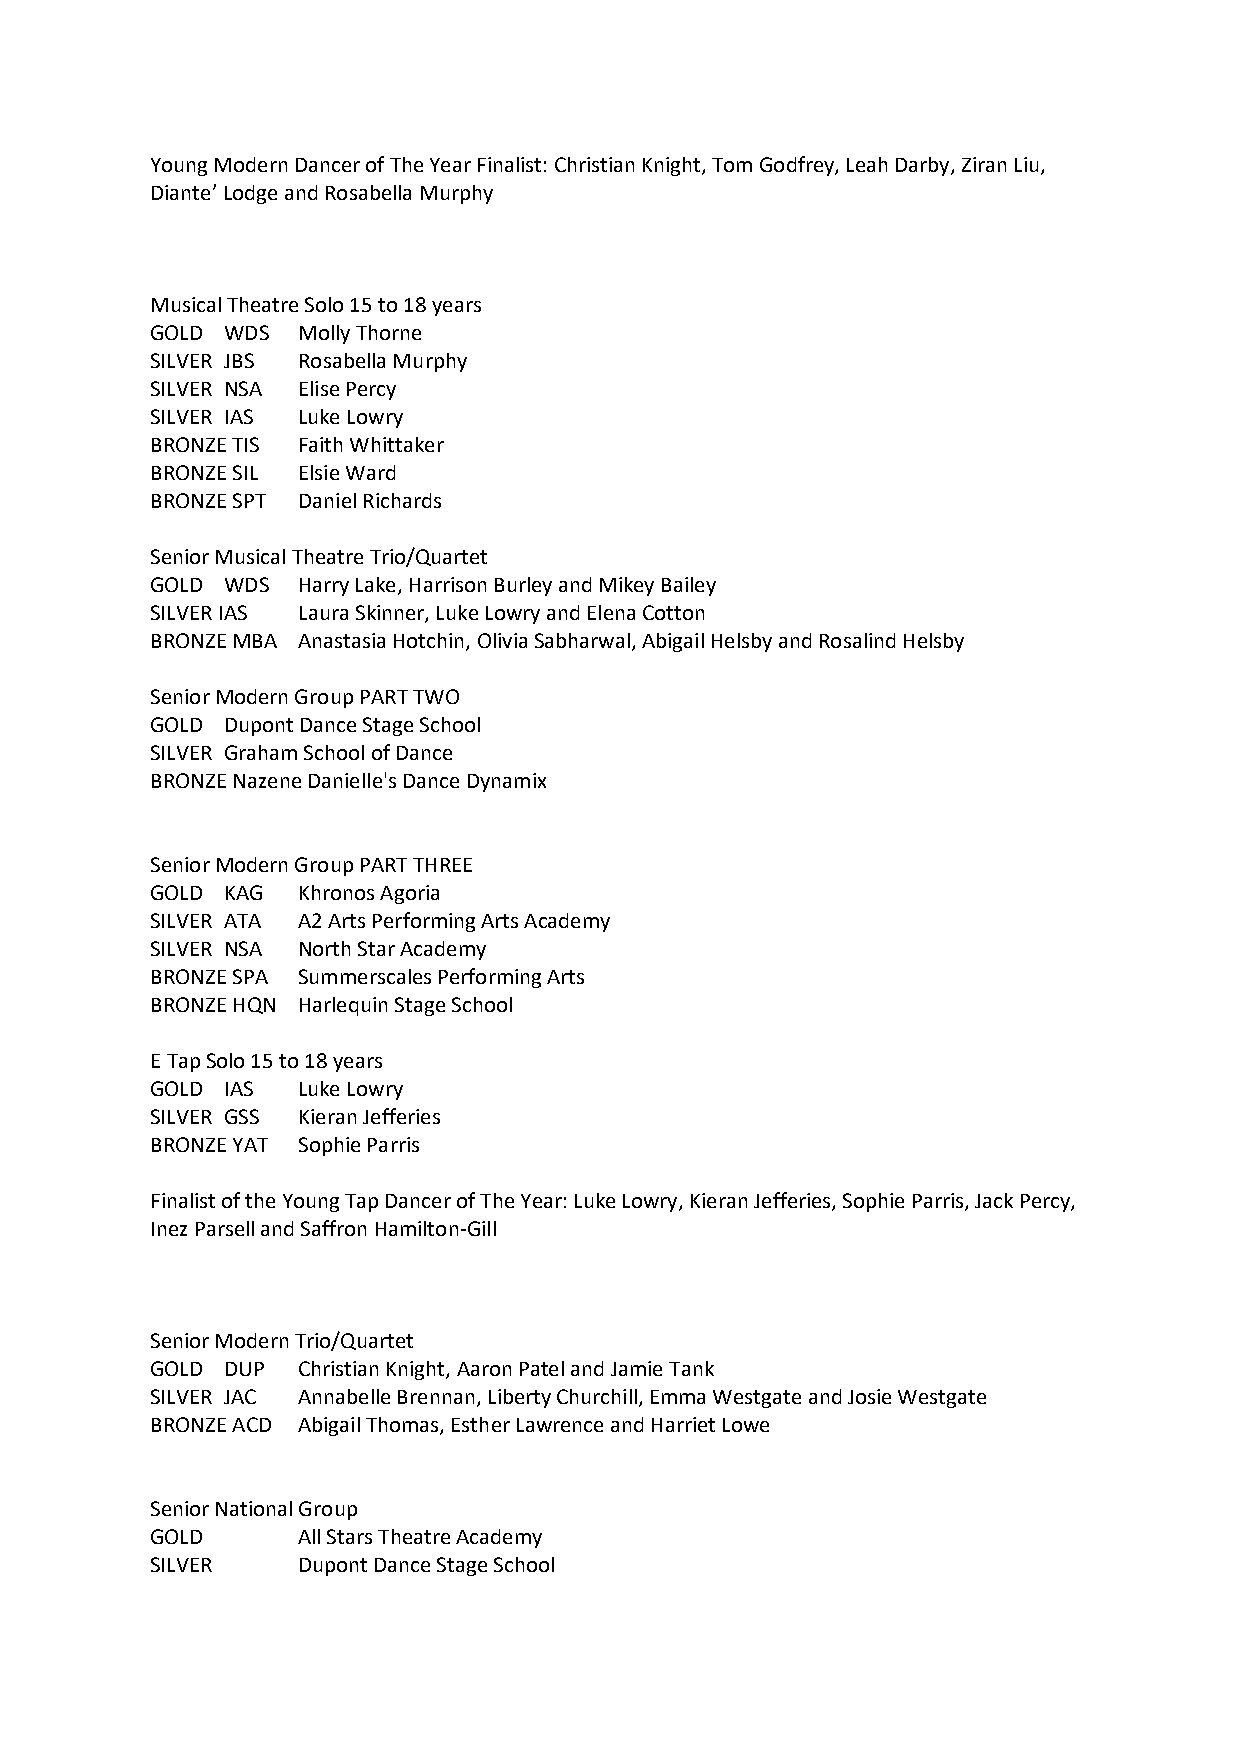
Young Modern Dancer of The Year Finalist: Christian Knight, Tom Godfrey, Leah Darby, Ziran Liu,
 Diante’ Lodge and Rosabella Murphy
 Musical Theatre Solo 15 to 18 years
 GOLD WDS  Molly Thorne
 SILVER JBS Rosabella Murphy
 SILVER NSA Elise Percy
 SILVER IAS Luke Lowry
 BRONZE TIS Faith Whittaker
 BRONZE SIL Elsie Ward
 BRONZE SPT Daniel Richards
 Senior Musical Theatre Trio/Quartet
 GOLD WDS  Harry Lake, Harrison Burley and Mikey Bailey
 SILVER IAS Laura Skinner, Luke Lowry and Elena Cotton
 BRONZE MBA Anastasia Hotchin, Olivia Sabharwal, Abigail Helsby and Rosalind Helsby
 Senior Modern Group PART TWO
 GOLD Dupont Dance Stage School
 SILVER Graham School of Dance
 BRONZE Nazene Danielle's Dance Dynamix
 Senior Modern Group PART THREE
 GOLD KAG  Khronos Agoria
 SILVER ATA A2 Arts Performing Arts Academy
 SILVER NSA North Star Academy
 BRONZE SPA Summerscales Performing Arts
 BRONZE HQN Harlequin Stage School
 E Tap Solo 15 to 18 years
 GOLD IAS  Luke Lowry
 SILVER GSS Kieran Jefferies
 BRONZE YAT Sophie Parris
 Finalist of the Young Tap Dancer of The Year: Luke Lowry, Kieran Jefferies, Sophie Parris, Jack Percy,
 Inez Parsell and Saffron Hamilton-Gill
 Senior Modern Trio/Quartet
 GOLD DUP  Christian Knight, Aaron Patel and Jamie Tank
 SILVER JAC Annabelle Brennan, Liberty Churchill, Emma Westgate and Josie Westgate
 BRONZE ACD Abigail Thomas, Esther Lawrence and Harriet Lowe
 Senior National Group
 GOLD      All Stars Theatre Academy
 SILVER    Dupont Dance Stage School